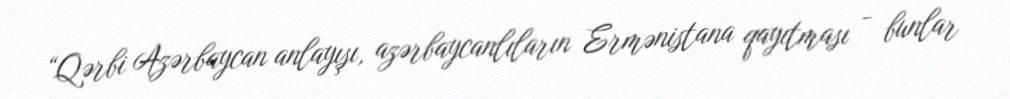
“Qərbi Azərbaycan anlayışı, azərbaycanlıların Ermənistana qayıtması - bunlar